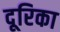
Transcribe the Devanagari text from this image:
दूरिका